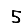
Digit: 5